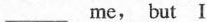
___me, but I